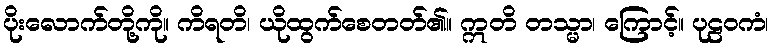
ပိုးလောက်တို့ကို။ ကိရတိ၊ ယိုထွက်စေတတ်၏။ ဣတိ တသ္မာ၊ ကြောင့်။ ပုဠဝကံ၊